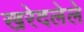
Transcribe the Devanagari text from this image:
खरेदलेले